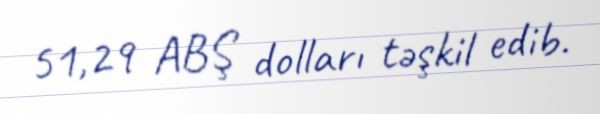
51,29 ABŞ dolları təşkil edib.